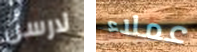
لارسن عملاء